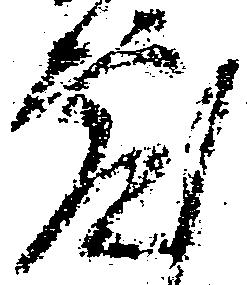
敷